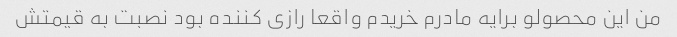
من این محصولو برایه مادرم خریدم واقعا رازی کننده بود نصبت به قیمتش